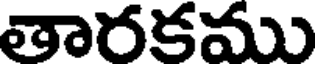
తారకము